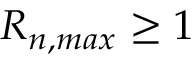
R _ { n , m a x } \ge 1